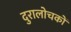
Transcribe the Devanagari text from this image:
दुरालोचकों